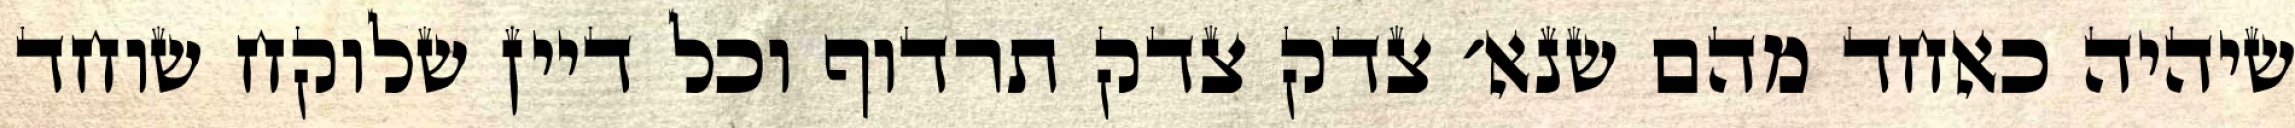
שיהיה כאחד מהם שנא׳ צדק צדק תרדוף וכל דיין שלוקח שוחד